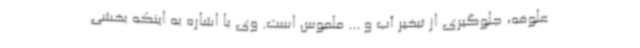
علوفه، جلوگیری از تبخیر آب و ... ملموس است. وی با اشاره به اینکه بخشی